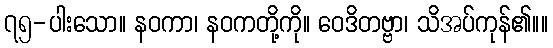
၇၅-ပါးသော။ နဝကာ၊ နဝကတို့ကို။ ဝေဒိတဗ္ဗာ၊ သိအပ်ကုန်၏။။